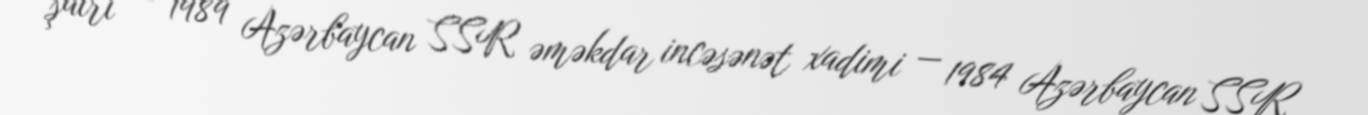
şairi — 1989 Azərbaycan SSR əməkdar incəsənət xadimi — 1984 Azərbaycan SSR